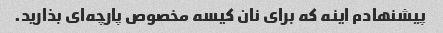
پیشنهادم اینه که برای نان کیسه مخصوص پارچه‌ای بذارید.